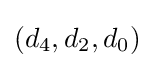
(d_{4},d_{2},d_{0})